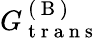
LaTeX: G_{\mathrm{~t~r~a~n~s~}}^{\mathrm{~(~B~)~}}